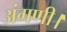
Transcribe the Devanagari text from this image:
अंगणी।